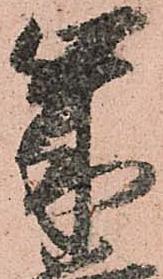
歳